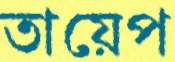
তায়েপ